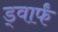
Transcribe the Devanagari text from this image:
ड्वार्फं